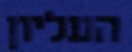
העליון